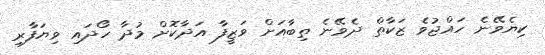
ކިޔެވޭނެ ހައްޖުވެ ޒަކާތް ދެވޭނެ ތިބާއަށް ވަޒީފާ އަދާކޮށް މުދާ ހޯދައި ވިޔަފާރި